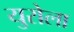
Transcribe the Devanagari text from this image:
युरोला